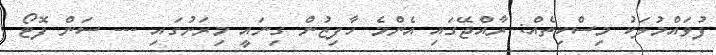
ފުވައްމުލަކު މިސްކިތެއް: ރާއްޖޭގައި އެންމެ ހާފިޒުން ގިނައީ މިރަށުގައި --- ސަން ފޮޓޯ